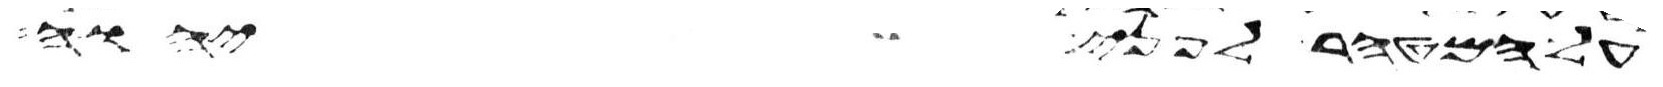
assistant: על המטהר לפני יהוה